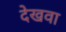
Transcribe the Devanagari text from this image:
देखवा